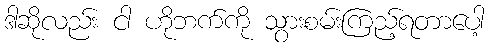
ဒါဆိုလည်း ငါ ဟိုဘက်ကို သွားစမ်းကြည့်ရတာပေါ့